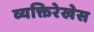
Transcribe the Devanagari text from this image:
व्यक्तिरेखेस